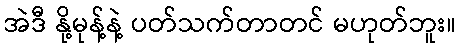
အဲဒီ နို့မုန့်နဲ့ ပတ်သက်တာတင် မဟုတ်ဘူး။